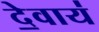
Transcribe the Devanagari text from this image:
दे॒वाय॑